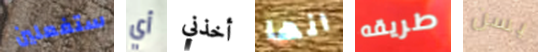
ستفعلين أي أخذني انها طريقه بسن